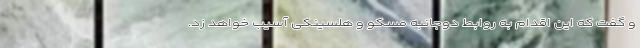
و گفت که این اقدام به روابط دوجانبه مسکو و هلسینکی آسیب خواهد زد.